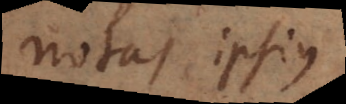
notas ipsius